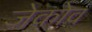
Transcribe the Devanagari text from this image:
जेकोव